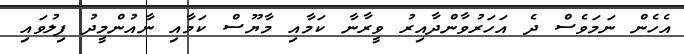
އެެހެން ނަމަވެސް ދެ އަހަރުވާންދާއިރު ވީރާނާ ކަމާއި މާޔޫސް ކަމާއި ނާއުންމީދު ފިލުވައި